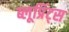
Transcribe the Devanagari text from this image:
ब्लूप्रिंट्स